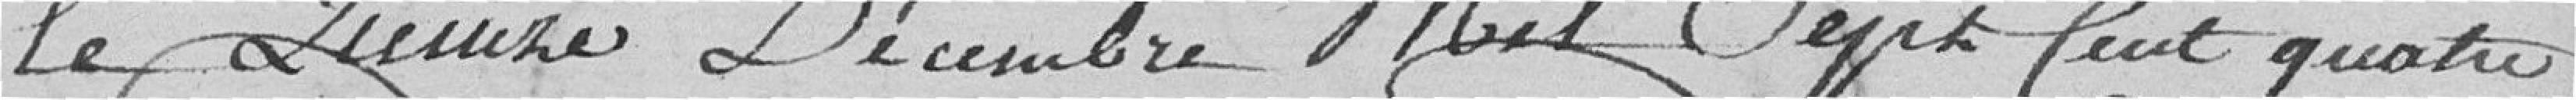
Le quinze décembre Mil Sept cent quatre